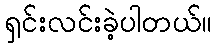
ရှင်းလင်းခဲ့ပါတယ်။